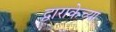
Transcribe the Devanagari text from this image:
द्वाराकेच्या